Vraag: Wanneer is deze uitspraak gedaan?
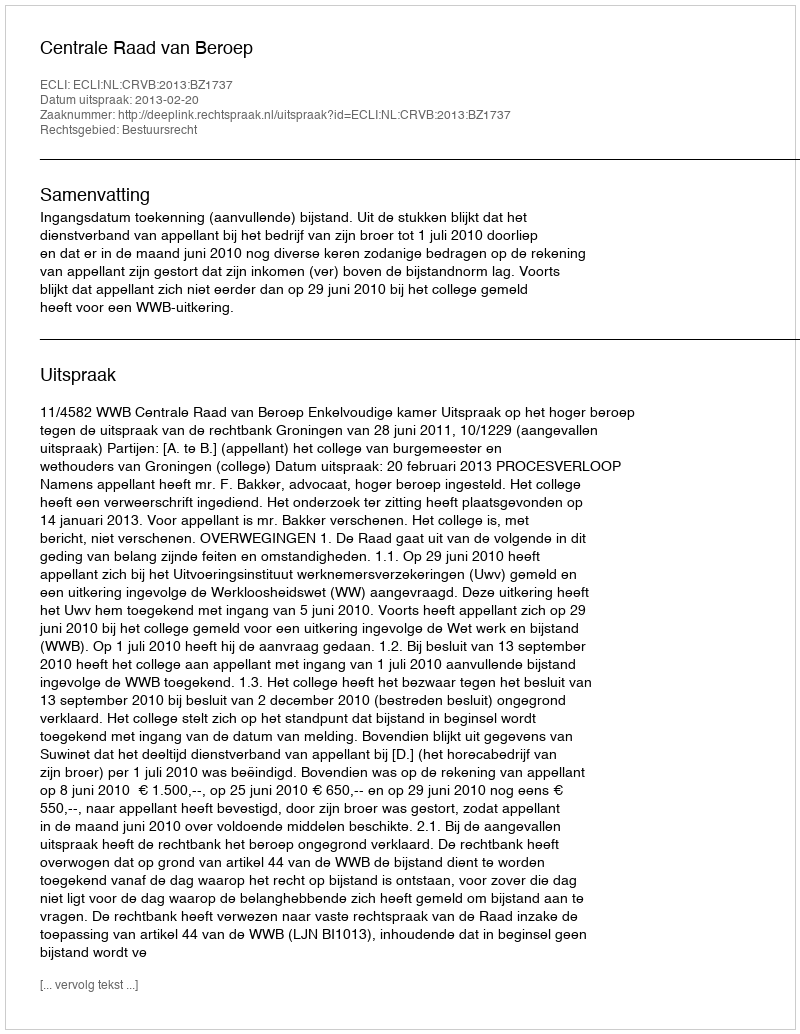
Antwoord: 2013-02-20